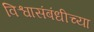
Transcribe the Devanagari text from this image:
विश्वासंबंधीच्या